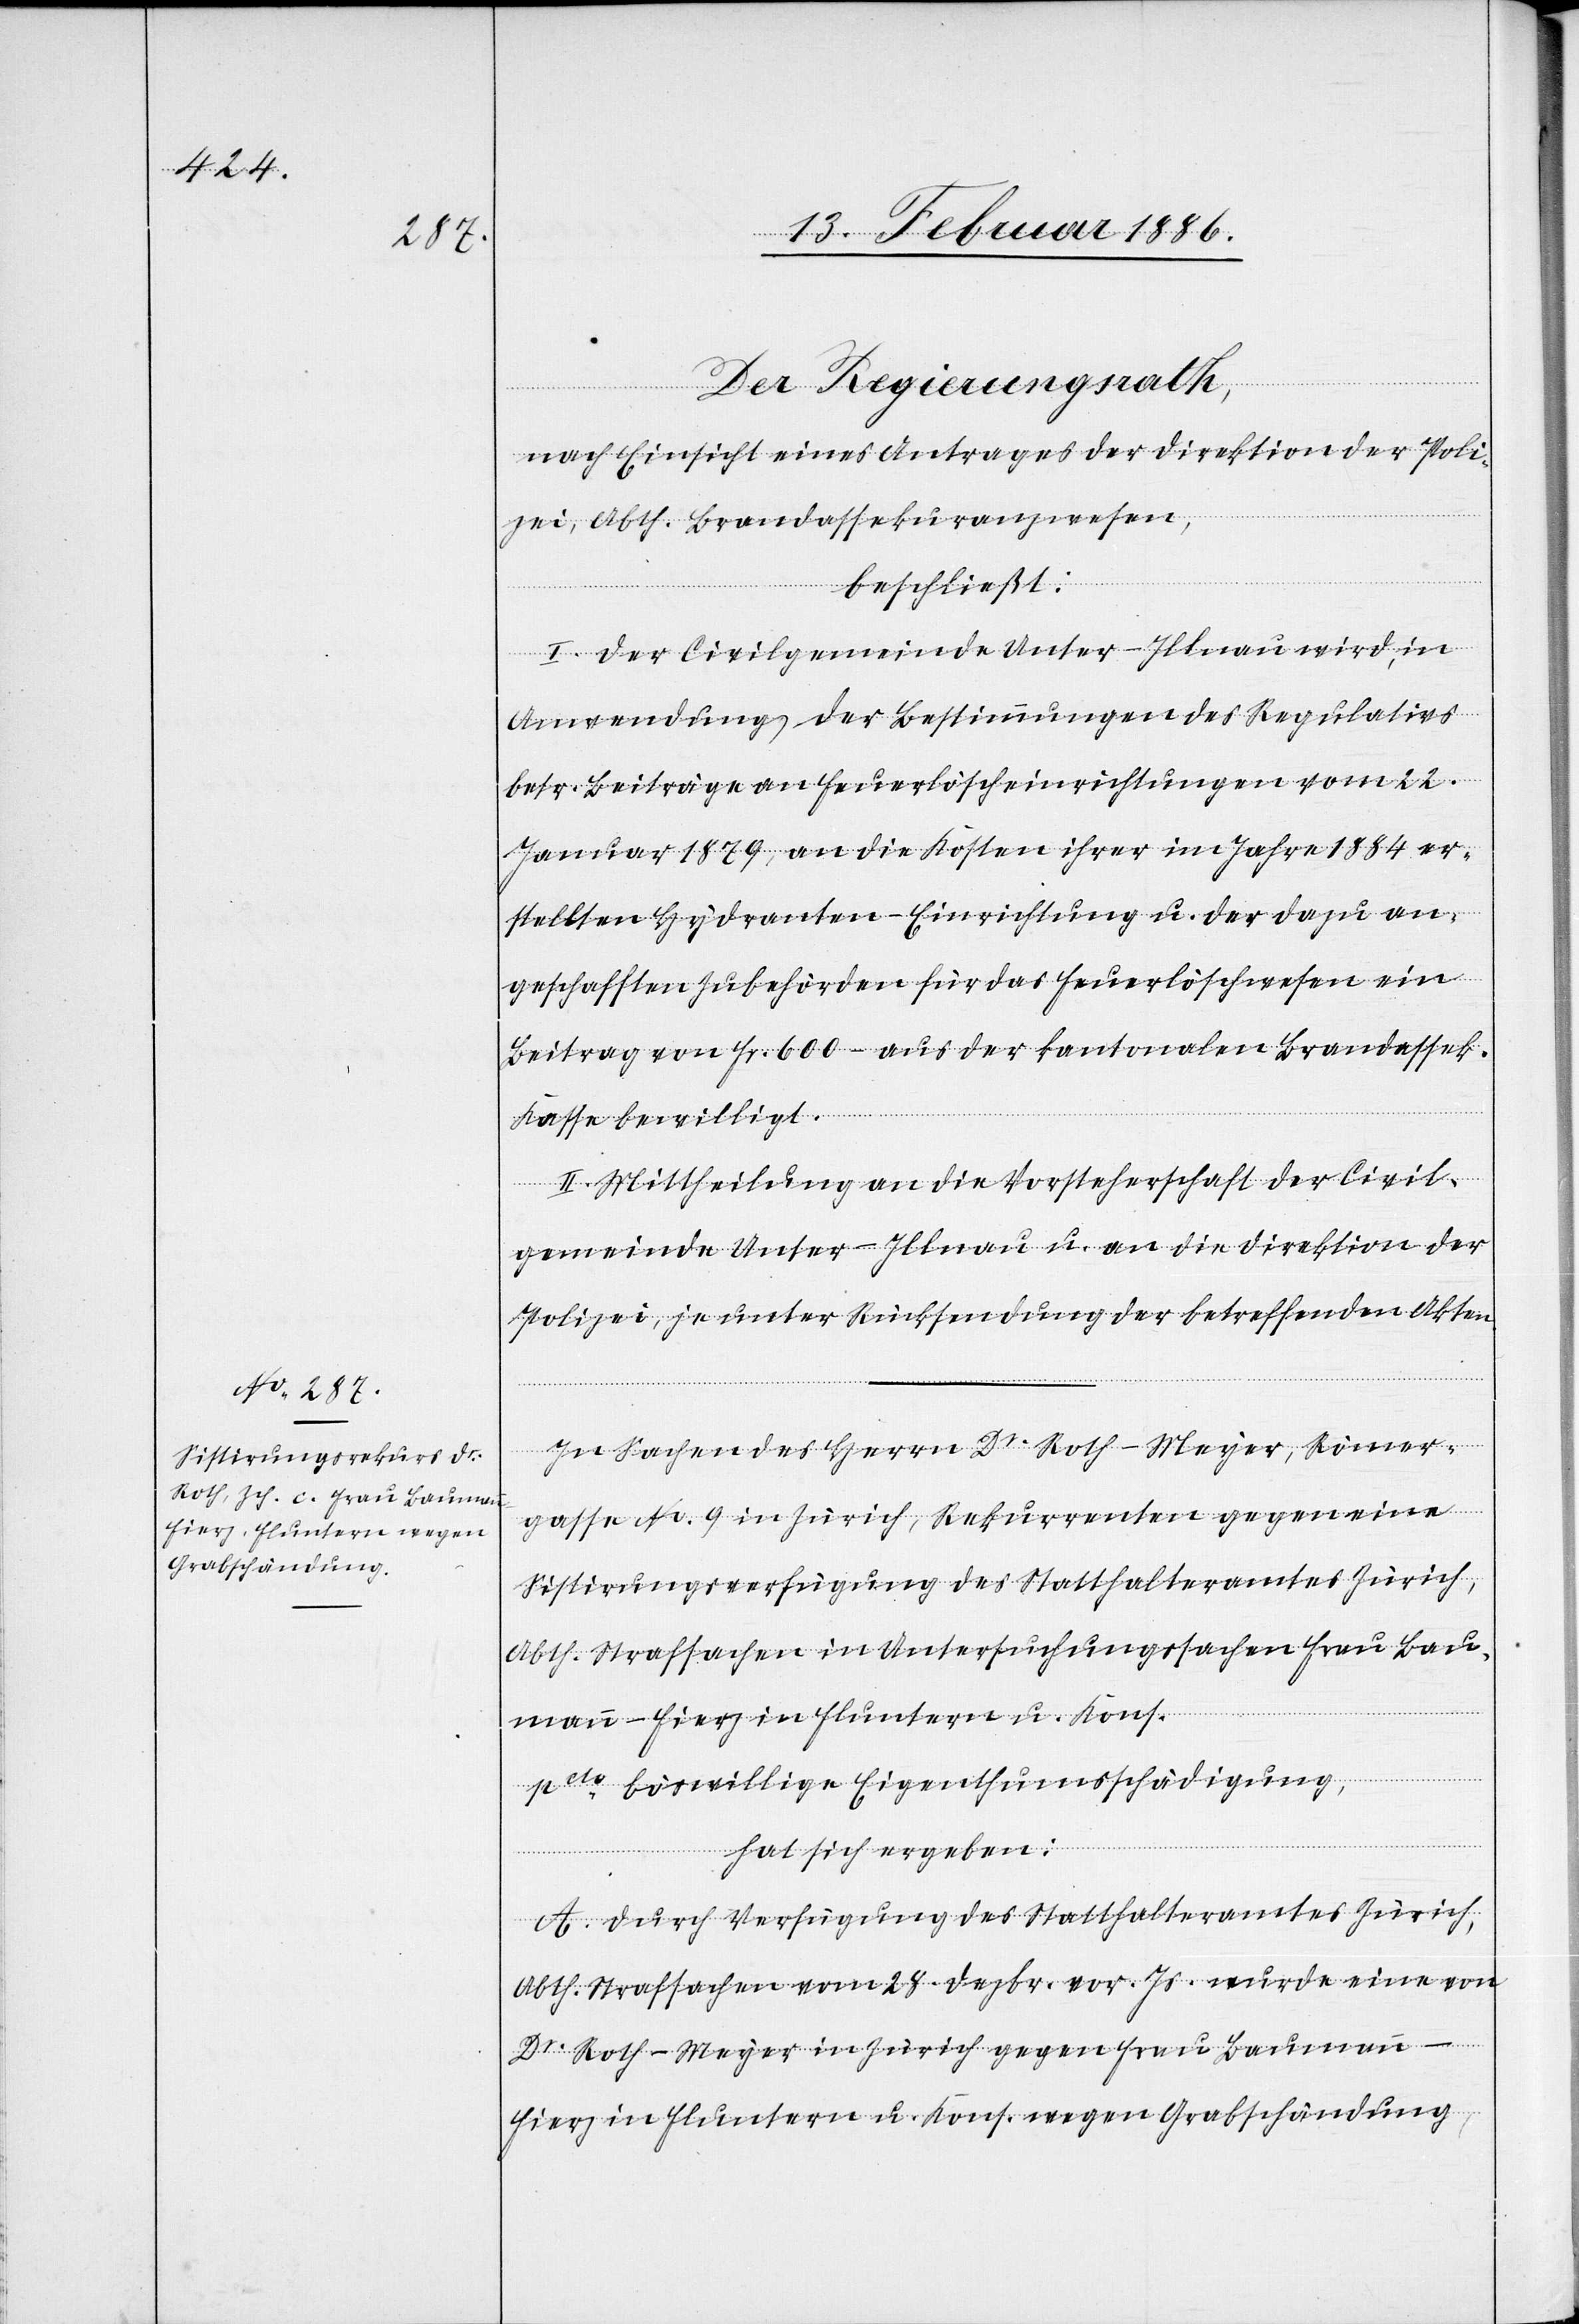
Grabschändung,

Der Regierungsrath,
nach Einsicht eines Antrages der Direktion der Poli¬
zei, Abth. Brandassekuranzwesen,
beschließt:
I. Der Civilgemeinde Unter-Illnau wird, in
Anwendung der Bestimmungen des Regulatives
betr. Beiträge an Feuerlöscheinrichtungen vom 22.
Januar 1879, an die Kosten ihrer im Jahre 1884 er¬
stellten Hydranten-Einrichtungen u. der dazu an¬
geschafften Zubehörden für das Feuerlöschwesen ein
Beitrag von Fr. 600.– aus der kantonalen Brandassek¬
Kasse bewilligt.
II. Mittheilung an die Vorsteherschaft der Civil¬
gemeinde Unter-Illnau u. an die Direktion der
Polizei, je unter Rücksendung der betreffenden Akten.
In Sachen des Herrn Dr. Roth-Meyer, Römer¬
gasse No. 9 in Zürich, Rekurrenten gegen eine
Sistierungsverfügung des Statthalteramtes Zürich,
Abth. Strafsachen in Untersuchungssachen Frau Bau¬
n-Fierz in Fluntern u. Kons.
pcto. böswillige Eigenthumsschädigung,
hat sich ergeben:
A. Durch Verfügung des Statthalteramtes Zürich,
Abth. Strafsachen vom 28. Dezbr. vor. Js. wurde eine von
wegen
Dr. Roth-Meyer in Zürich gegen Frau Bauman¬